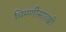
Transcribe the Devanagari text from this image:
चिमणीसारखी